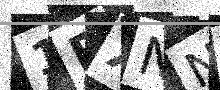
Text: 1RXNNP